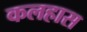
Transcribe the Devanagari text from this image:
कलहास